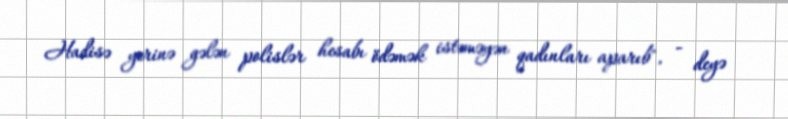
Hadisə yerinə gələn polislər hesabı ödəmək istəməyən qadınları aparıb", - deyə